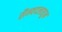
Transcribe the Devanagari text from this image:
सैन्यदलातून